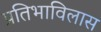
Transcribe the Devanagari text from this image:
प्रतिभाविलास